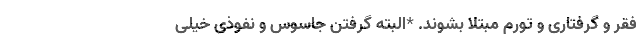
فقر و گرفتاری و تورم مبتلا بشوند. *البته گرفتنِ جاسوس و نفوذی خیلی